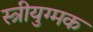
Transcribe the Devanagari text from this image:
स्त्रीयुग्मक